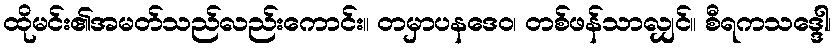
ထိုမင်း၏အမတ်သည်လည်းကောင်း။ တမှာပနဒေဝ၊ တစ်ဖန်သာလျှင်။ စီရကသဒ္ဒေါ၊